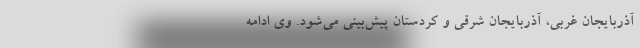
آذربایجان غربی، آذربایجان شرقی و کردستان ‌پیش‌بینی می‌شود. وی ادامه